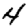
Digit: 4